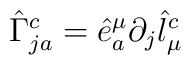
\hat{\Gamma}^{c}_{ja}=\hat{e}^{\mu}_{a}\partial_{j}\hat{l}^{c}_{\mu}